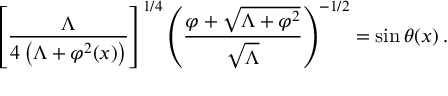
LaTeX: \left[ \frac { \Lambda } { 4 \left( \Lambda + \varphi ^ { 2 } ( x ) \right) } \right] ^ { 1 / 4 } \left( \frac { \varphi + \sqrt { \Lambda + \varphi ^ { 2 } } } { \sqrt { \Lambda } } \right) ^ { - 1 / 2 } = \sin \theta ( x ) \, .